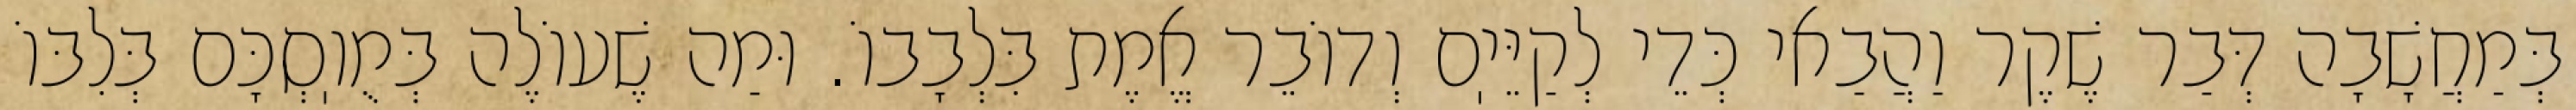
בְּמַחֲשָׁבָה דְּבַר שֶׁקֶר וַהֲבַאי כְּדֵי לְקַיֵּיֽם וְדוֹבֵר אֱמֶת בִּלְבָבוֹ. וּמַה שֶׁעוֹלֶה בְּמֻוֽסְכָּם בְּלִבּוֹ